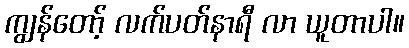
ကျွန်တော့် လက်ပတ်နာရီ လာ ယူတာပါ။